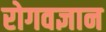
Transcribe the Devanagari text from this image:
रोगवज्ञान